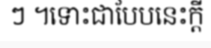
ៗ ។ទោះជាបែបនេះក្តី